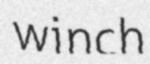
winch